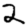
Digit: 2